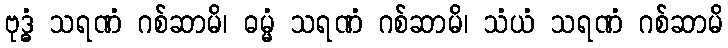
ဗုဒ္ဓံ သရဏံ ဂစ်ဆာမိ၊ ဓမ္မံ သရဏံ ဂစ်ဆာမိ၊ သံယံ သရဏံ ဂစ်ဆာမိ